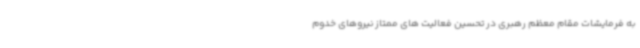
به فرمایشات مقام معظم رهبری در تحسین فعالیت های ممتاز نیروهای خدوم